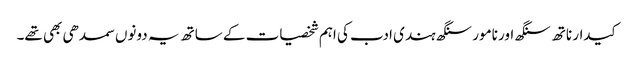
کیدار ناتھ سنگھ اور نامور سنگھ ہندی ادب کی اہم شخصیات کے ساتھ یہ دونوں سمدھی بھی تھے۔